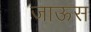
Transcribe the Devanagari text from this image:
जाऊस